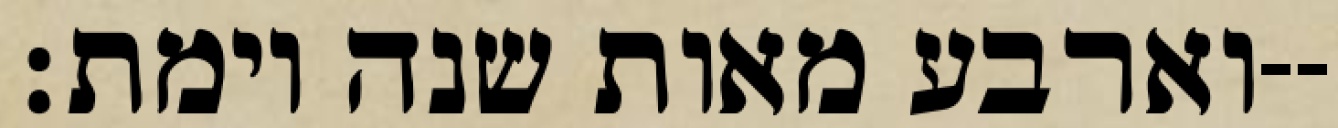
וארבע מאות שנה וימת׃--